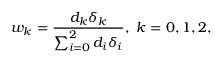
w _ { k } = \frac { d _ { k } \delta _ { k } } { \sum _ { i = 0 } ^ { 2 } d _ { i } \delta _ { i } } , \mathrm { ~ } k = 0 , 1 , 2 ,